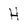
Character: H